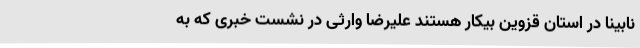
نابینا در استان قزوین بیکار هستند علیرضا وارثی در نشست خبری که به